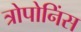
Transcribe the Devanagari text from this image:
त्रोपोनिंस